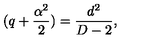
( q + \frac { \alpha ^ { 2 } } { 2 } ) = \frac { d ^ { 2 } } { D - 2 } ,